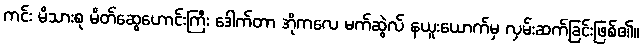
ကင်း မိသားစု မိတ်ဆွေဟောင်းကြီး ဒေါက်တာ အိုကလေ မက်ဆွဲလ် နယူးယောက်မှ လှမ်းဆက်ခြင်းဖြစ်၏။